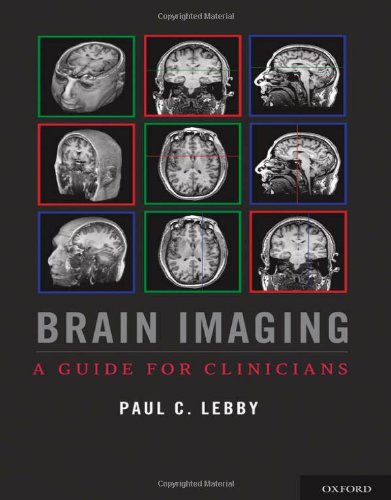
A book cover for Brain Imaging: A Guide for Clinicians; Paul C. Lebby; Medical Books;